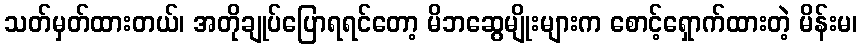
သတ်မှတ်ထားတယ်၊ အတိုချုပ်ပြောရရင်တော့ မိဘဆွေမျိုးများက စောင့်ရှောက်ထားတဲ့ မိန်းမ၊